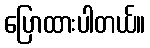
ပြောထားပါတယ်။